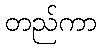
တည်ကာ